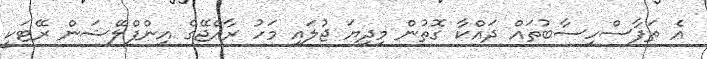
އެ ތަފާސްހިސާބުތައް ދައްކާ ގޮތުން މިދިޔަ ޖުލައި މަހު ރާއްޖޭގެ އިންފްލޭޝަން ރޭޓަކީ